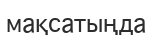
мақсатыңда